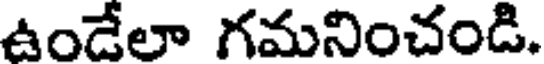
ఉండేలా గమనించండి.